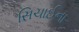
સિચાઈના